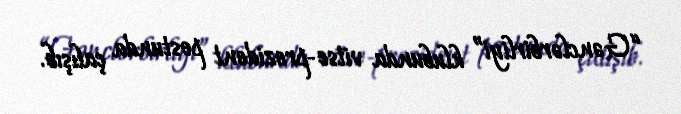
“Gənclərbirliyi” klubunda vitse-prezident postunda çalışıb.